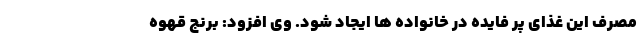
مصرف این غذای پر فایده در خانواده ها ایجاد شود. وی افزود: برنج قهوه